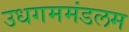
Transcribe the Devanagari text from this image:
उधगममंडलम